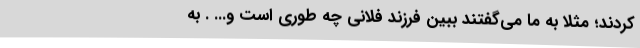
کردند؛ مثلا به ما می‌گفتند ببین فرزند فلانی چه طوری است و... . به